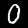
Label: 0